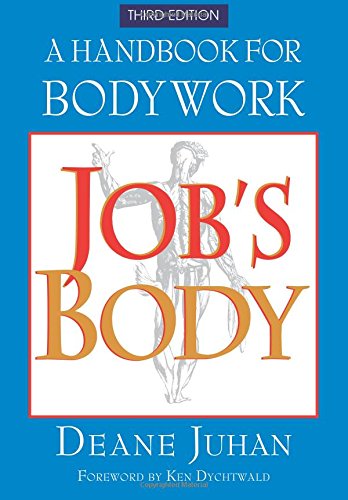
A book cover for Job's Body; Deane Juhan; Health, Fitness & Dieting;